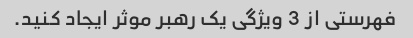
فهرستی از 3 ویژگی یک رهبر موثر ایجاد کنید.